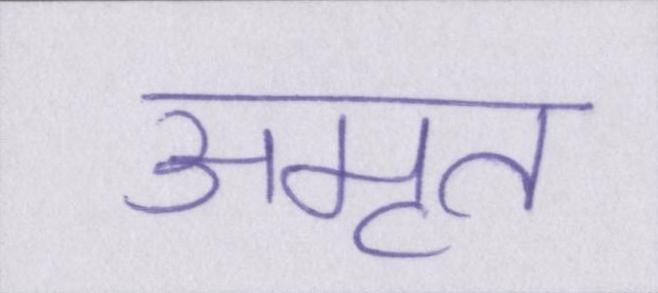
अमृत